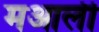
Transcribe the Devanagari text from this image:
मआली